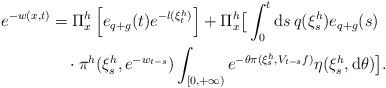
LaTeX: \begin{align*}e^{-w(x,t)}&=\Pi_{x}^{h}\left[e_{q+g}(t)e^{-l(\xi^{h}_{t})}\right]+\Pi^{h}_{x}\big[\int_{0}^{t}{\rm d}s\,q(\xi^{h}_{s})e_{q+g}(s)\\ &\quad\cdot\pi^{h}(\xi^{h}_{s},e^{-w_{t-s}})\int_{[0,+\infty)}e^{-\theta\pi(\xi^{h}_{s},V_{t-s}f)}\eta(\xi^{h}_{s},{\rm d}\theta)\big].\end{align*}